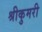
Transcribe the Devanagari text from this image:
श्रीकुमरी